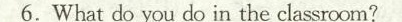
6.What do you do in the classroom?